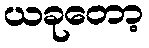
ယခုတော့